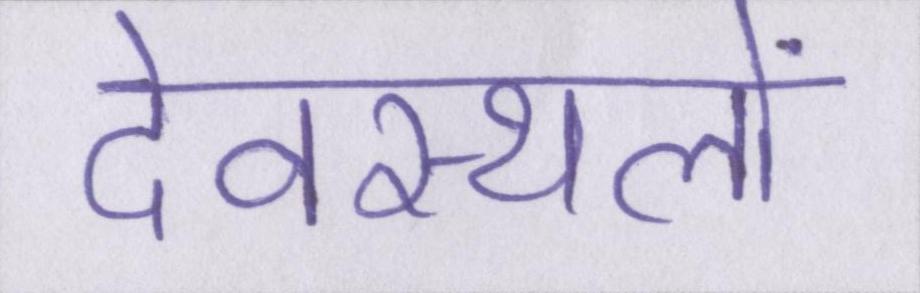
देवस्थलों